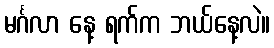
မင်္ဂလာ နေ့ ရက်က ဘယ်နေ့လဲ။